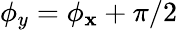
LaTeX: \phi_{y}=\phi_{\mathbf{x}}+\pi/2